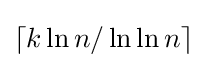
\lceil k\ln n/\ln \ln n\rceil